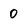
Character: 0